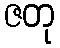
ဇတု